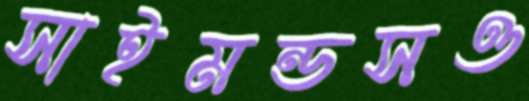
সাইমন্ডসও